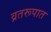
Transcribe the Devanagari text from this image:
व्रतरूपात